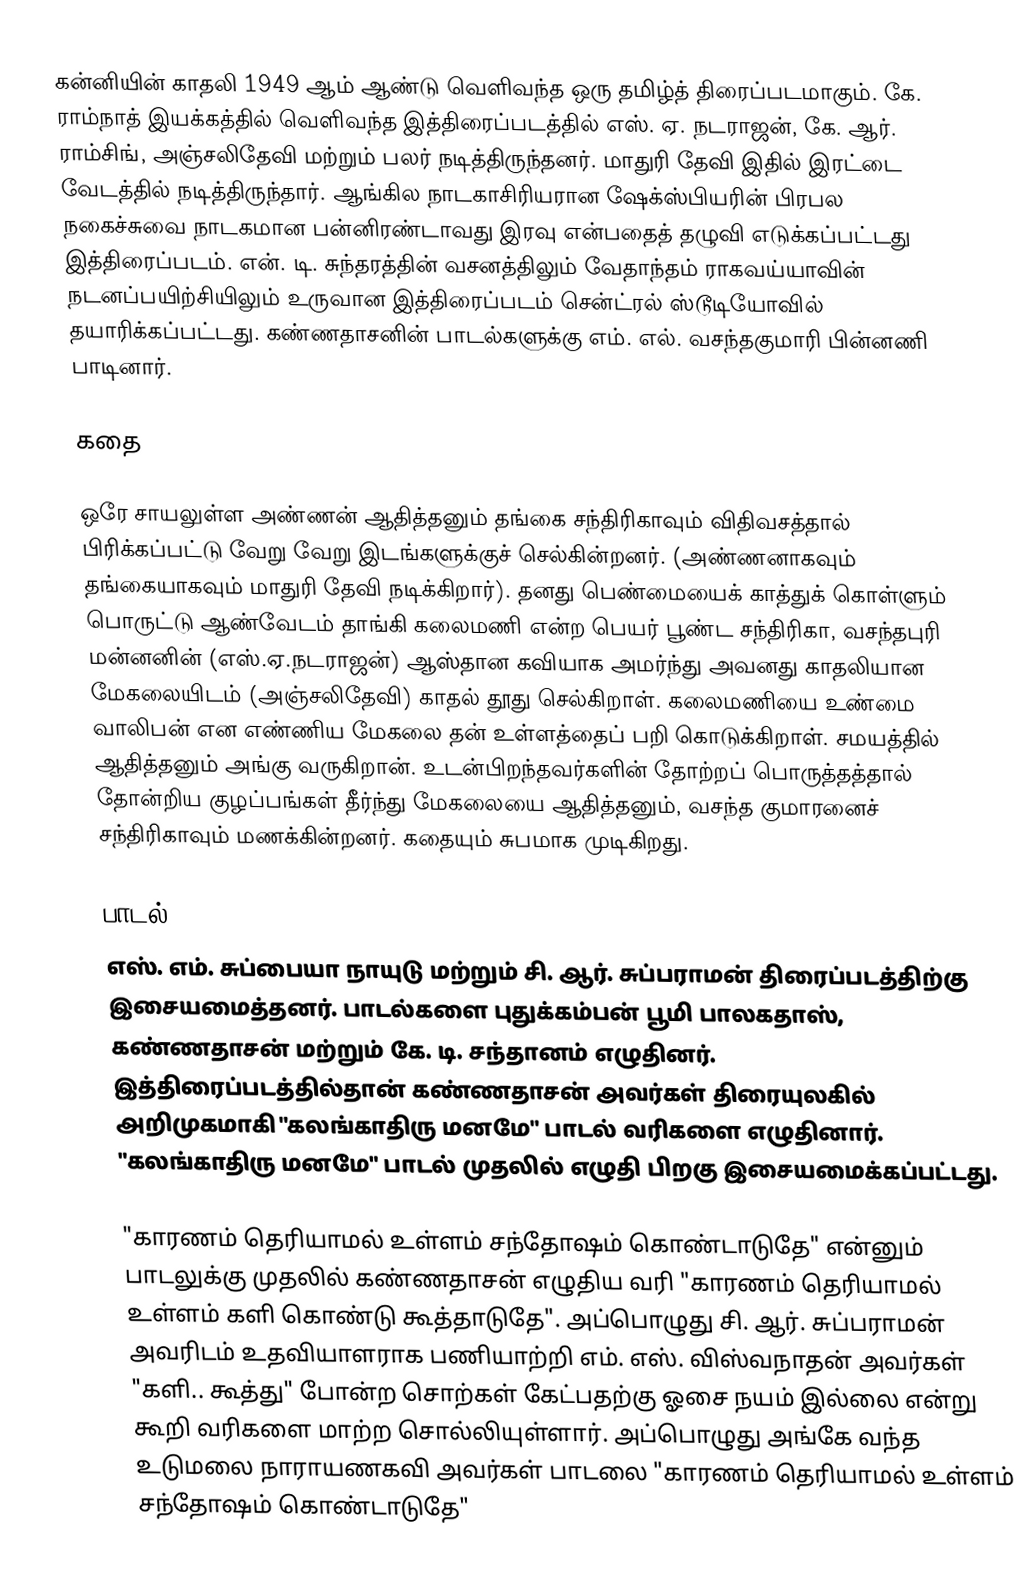
கன்னியின் காதலி 1949 ஆம் ஆண்டு வெளிவந்த ஒரு தமிழ்த் திரைப்படமாகும். கே. ராம்நாத் இயக்கத்தில் வெளிவந்த இத்திரைப்படத்தில் எஸ். ஏ. நடராஜன், கே. ஆர். ராம்சிங், அஞ்சலிதேவி  மற்றும் பலர் நடித்திருந்தனர். மாதுரி தேவி இதில் இரட்டை வேடத்தில் நடித்திருந்தார். ஆங்கில நாடகாசிரியரான ஷேக்ஸ்பியரின் பிரபல நகைச்சுவை நாடகமான பன்னிரண்டாவது இரவு என்பதைத் தழுவி எடுக்கப்பட்டது இத்திரைப்படம். என். டி. சுந்தரத்தின் வசனத்திலும் வேதாந்தம் ராகவய்யாவின் நடனப்பயிற்சியிலும் உருவான இத்திரைப்படம் சென்ட்ரல் ஸ்டூடியோவில் தயாரிக்கப்பட்டது. கண்ணதாசனின் பாடல்களுக்கு எம். எல். வசந்தகுமாரி பின்னணி பாடினார்.

கதை

ஒரே சாயலுள்ள அண்ணன் ஆதித்தனும் தங்கை சந்திரிகாவும் விதிவசத்தால் பிரிக்கப்பட்டு வேறு வேறு இடங்களுக்குச் செல்கின்றனர். (அண்ணனாகவும் தங்கையாகவும் மாதுரி தேவி நடிக்கிறார்). தனது பெண்மையைக் காத்துக் கொள்ளும் பொருட்டு ஆண்வேடம் தாங்கி கலைமணி என்ற பெயர் பூண்ட சந்திரிகா, வசந்தபுரி மன்னனின் (எஸ்.ஏ.நடராஜன்) ஆஸ்தான கவியாக அமர்ந்து அவனது காதலியான மேகலையிடம் (அஞ்சலிதேவி) காதல் தூது செல்கிறாள். கலைமணியை உண்மை வாலிபன் என எண்ணிய மேகலை தன் உள்ளத்தைப் பறி கொடுக்கிறாள். சமயத்தில் ஆதித்தனும் அங்கு வருகிறான். உடன்பிறந்தவர்களின் தோற்றப் பொருத்தத்தால் தோன்றிய குழப்பங்கள் தீர்ந்து மேகலையை ஆதித்தனும், வசந்த குமாரனைச் சந்திரிகாவும் மணக்கின்றனர். கதையும் சுபமாக முடிகிறது.

பாடல்
எஸ். எம். சுப்பையா நாயுடு மற்றும் சி. ஆர். சுப்பராமன் திரைப்படத்திற்கு இசையமைத்தனர். பாடல்களை புதுக்கம்பன் பூமி பாலகதாஸ், கண்ணதாசன் மற்றும் கே. டி. சந்தானம் எழுதினர். இத்திரைப்படத்தில்தான் கண்ணதாசன் அவர்கள் திரையுலகில் அறிமுகமாகி "கலங்காதிரு மனமே" பாடல் வரிகளை எழுதினார். "கலங்காதிரு மனமே" பாடல் முதலில் எழுதி பிறகு இசையமைக்கப்பட்டது.

"காரணம் தெரியாமல் உள்ளம் சந்தோஷம் கொண்டாடுதே" என்னும் பாடலுக்கு முதலில் கண்ணதாசன் எழுதிய வரி "காரணம் தெரியாமல் உள்ளம் களி கொண்டு கூத்தாடுதே". அப்பொழுது சி. ஆர். சுப்பராமன் அவரிடம் உதவியாளராக பணியாற்றி எம். எஸ். விஸ்வநாதன் அவர்கள் "களி.. கூத்து" போன்ற சொற்கள் கேட்பதற்கு ஓசை நயம் இல்லை என்று கூறி வரிகளை மாற்ற சொல்லியுள்ளார். அப்பொழுது அங்கே வந்த உடுமலை நாராயணகவி அவர்கள் பாடலை "காரணம் தெரியாமல் உள்ளம் சந்தோஷம் கொண்டாடுதே"